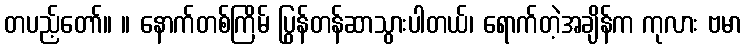
တပည့်တော်။ ။ နောက်တစ်ကြိမ် ပြွန်တန်ဆာသွားပါတယ်၊ ရောက်တဲ့အချိန်က ကုလား ဗမာ